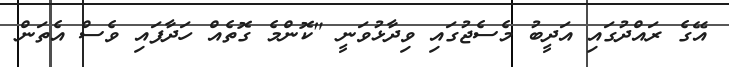
އޭގެ ރައްދުގައި އަދީބު މެސެޖުގައި ވިދާޅުވަނީ "ކޮންމެ ގޮތެއް ހަދާފައި ވެސް އެތަން